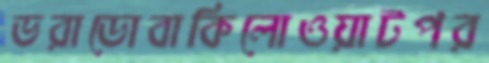
ভরাডোবাকিলোওয়াটপর